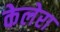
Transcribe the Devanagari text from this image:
केलेरा